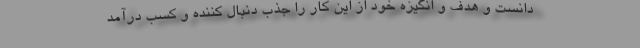
دانست و هدف و انگیزه‌ خود از این کار را جذب دنبال کننده و کسب درآمد